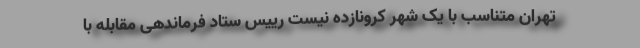
تهران متناسب با یک شهر کرونازده نیست رییس ستاد فرماندهی مقابله با